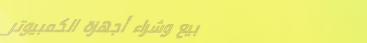
بيع وشراء أجهزة الكمبيوتر